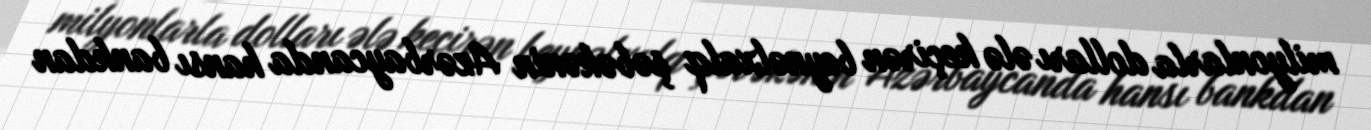
milyonlarla dolları ələ keçirən beynəlxalq şəbəkənin Azərbaycanda hansı bankdan